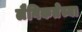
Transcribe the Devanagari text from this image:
लैगिकतेच्या